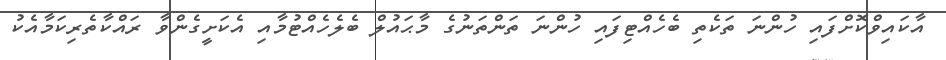
އާކައިވްކޮށްފައި ހުންނަ ތަކެތި ބެހެއްޓިފައި ހުންނަ ތަންތަނުގެ މާޙައުލް ބެލެހެއްޓުމާއި އެކަށީގެންވާ ރައްކާތެރިކަމާއެކު